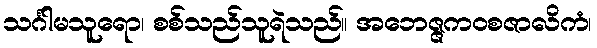
သင်္ဂါမသူရော၊ စစ်သည်သူရဲသည်။ အဘေဇ္ဇကဝစဇာလိကံ၊